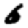
Digit: 6